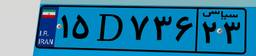
۵۵D۲۲۸۹۹